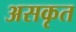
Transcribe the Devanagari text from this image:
असकृत